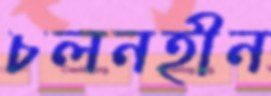
চলনহীন